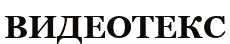
ВИДЕОТЕКС